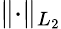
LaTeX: \lVert\cdot\rVert_{L_{2}}